Annual report on the working of the lock hospitals in the North-Western Provinces and Oudh
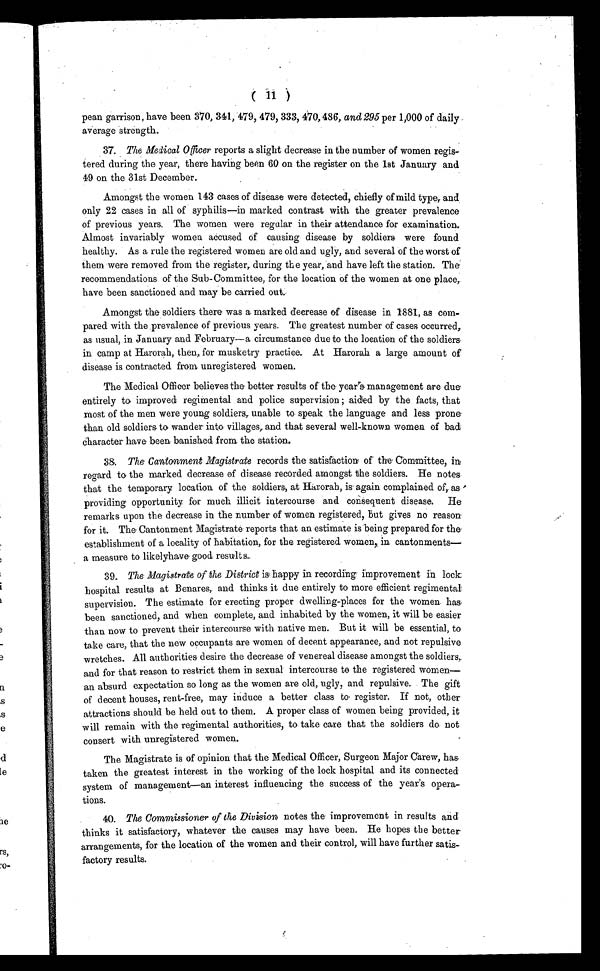
( 11 )
pean garrison, have been 370, 341, 479, 479, 333, 470,486, and 295 per 1,000 of daily
average strength.
37. The Medical Officer reports a slight decrease in the number of women regis-
tered during the year, there having been 60 on the register on the 1st January and
49 on the 31st December.
Amongst the women 143 cases of disease were detected, chiefly of mild type, and
only 22 cases in all of syphilis—in marked contrast with the greater prevalence
of previous years. The women were regular in their attendance for examination.
Almost invariably women accused of causing disease by soldiers were found
healthy. As a rule the registered women are old and ugly, and several of the worst of
them were removed from the register, during the year, and have left the station. The
recommendations of the Sub-Committee, for the location of the women at one place,
have been sanctioned and may be carried out.
Amongst the soldiers there was a marked decrease of disease in 1881, as com-
pared with the prevalence of previous years. The greatest number of cases occurred,
as usual, in January and February—a circumstance due to the location of the soldiers
in camp at Harorah, then, for musketry practice. At Harorah a large amount of
disease is contracted from unregistered women.
The Medical Officer believes the better results of the year's management are due
entirely to improved regimental and police supervision ; aided by the facts, that
most of the men were young soldiers, unable to speak the language and less prone
than old soldiers to wander into villages, and that several well-known women of bad
character have been banished from the station.
38. T h e C a n t o n m e n t M a g i s t r a t erecords the satisfaction of the Committee, in
regard to the marked decrease of disease recorded amongst the soldiers. He notes
that the temporary location of the soldiers, at Harorah, is again complained of, as
providing opportunity for much illicit intercourse and consequent disease. He
remarks upon the decrease in the number of women registered, but gives no reason
for it. The Cantonment Magistrate reports that an estimate is being prepared for the
establishment of a locality of habitation, for the registered women, in cantonments—
a measure to likelyhave good results.
39. The Magistrate of the District is happy in recording improvement in lock
hospital results at Benares, and thinks it due entirely to more efficient regimental
supervision. The estimate for erecting proper dwelling-places for the women has
been sanctioned, and when complete, and inhabited by the women, it will be easier
than now to prevent their intercourse with native men. But it will be essential, to
take care, that the new occupants are women of decent appearance, and not repulsive
wretches. All authorities desire the decrease of venereal disease amongst the soldiers,
and for that reason to restrict them in sexual intercourse to the registered women—
an absurd expectation so long as the women are old, ugly, and repulsive. The gift
of decent houses, rent-free, may induce a better class to register. If not, other
attractions should be held out to them. A proper class of women being provided, it
will remain with the regimental authorities, to take care that the soldiers do not
consert with unregistered women.
The Magistrate is of opinion that the Medical Officer, Surgeon Major Carew, has
taken the greatest interest in the working of the lock hospital and its connected
system of management—an interest influencing the success of the year's opera-
tions.
40. The Commissioner of the Division notes the improvement in results and
thinks it satisfactory, whatever the causes may have been. He hopes the better
arrangements, for the location of the women and their control, will have further satis-
factory results.